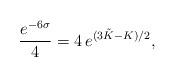
LaTeX: \begin{align*}\frac{e^{-6 \sigma}}{4} = 4 \, e^{( 3 \tilde K-K)/2},\end{align*}